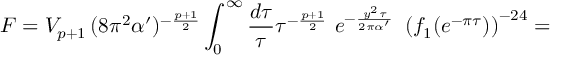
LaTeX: F = V _ { p + 1 } \, ( 8 \pi ^ { 2 } \alpha ^ { \prime } ) ^ { - \frac { p + 1 } { 2 } } \int _ { 0 } ^ { \infty } \frac { d \tau } { \tau } \tau ^ { - \frac { p + 1 } { 2 } } ~ e ^ { - \frac { y ^ { 2 } \tau } { 2 \pi \alpha ^ { \prime } } } ~ \left( f _ { 1 } ( e ^ { - \pi \tau } ) \right) ^ { - 2 4 } =